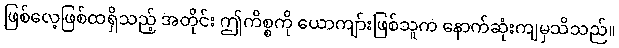
ဖြစ်လေ့ဖြစ်ထရှိသည့် အတိုင်း ဤကိစ္စကို ယောကျာ်းဖြစ်သူက နောက်ဆုံးကျမှသိသည်။